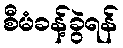
စီမံခန့်ခွဲရန်